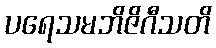
ပရေသမဘိဇိဂီသတိ